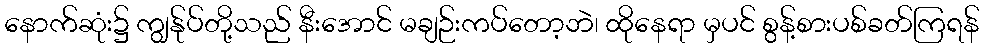
နောက်ဆုံး၌ ကျွန်ုပ်တို့သည် နီးအောင် မချဉ်းကပ်တော့ဘဲ၊ ထိုနေရာ မှပင် စွန့်စားပစ်ခတ်ကြရန်